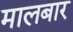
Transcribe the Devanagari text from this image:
मालबार